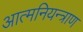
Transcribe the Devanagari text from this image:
आत्मनियन्त्राण